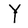
Character: Y